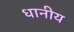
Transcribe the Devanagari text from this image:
धानीय